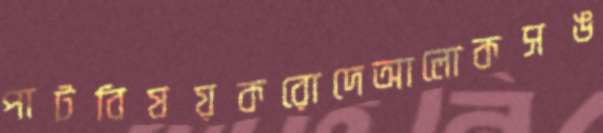
পাটবিষয়করোদেআলোকসঙ